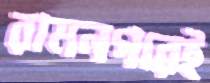
রামনগরেই